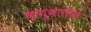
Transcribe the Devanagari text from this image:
क्यूबातील